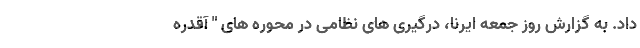
داد. به گزارش روز جمعه ایرنا، درگیری های نظامی در محوره های " آقدره